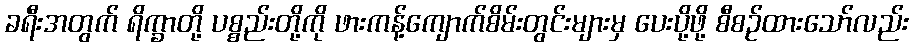
ခရီးအတွက် ရိက္ခာတို့ ပစ္စည်းတို့ကို ဖားကန့်ကျောက်စိမ်းတွင်းများမှ ပေးပို့ဖို့ စီစဉ်ထားသော်လည်း